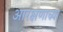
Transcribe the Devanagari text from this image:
आरक्षणाच्य़ा